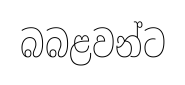
බබළවන්ට